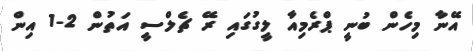
އޭނާ މިހެން ބުނީ ޕްރެމިއާ ލީގުގައި ރޭ ޗެލްސީ އަތުން 2-1 އިން